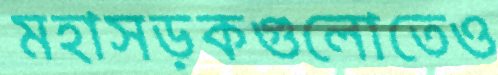
মহাসড়কগুলোতেও